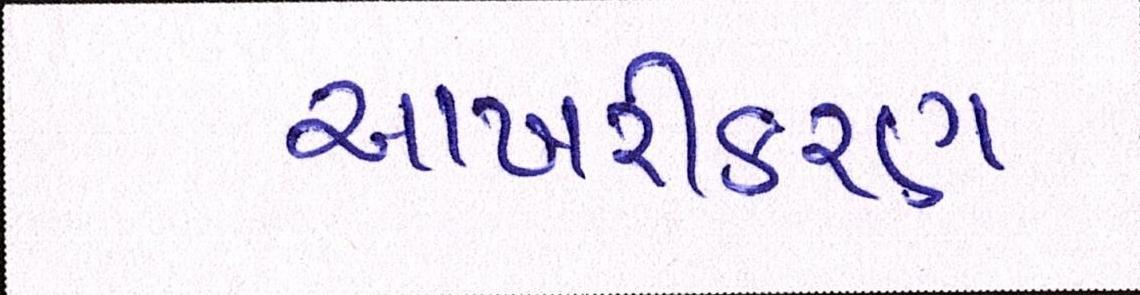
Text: આખરીકરણ